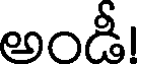
అండీ!